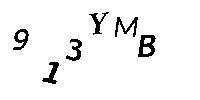
913YMB